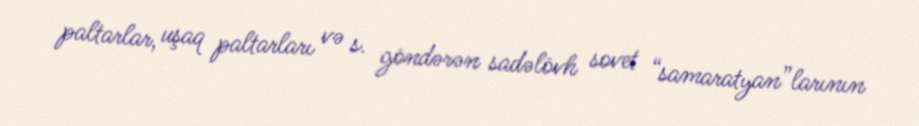
paltarlar, uşaq paltarları və s. göndərən sadəlövh sovet “samaratyan”larının